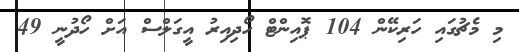
މި މެޗުގައި ހަރިކޭން 104 ޕޮއިންޓް ހޯދިއިރު އީގަލްސް އަށް ހޯދުނީ 49